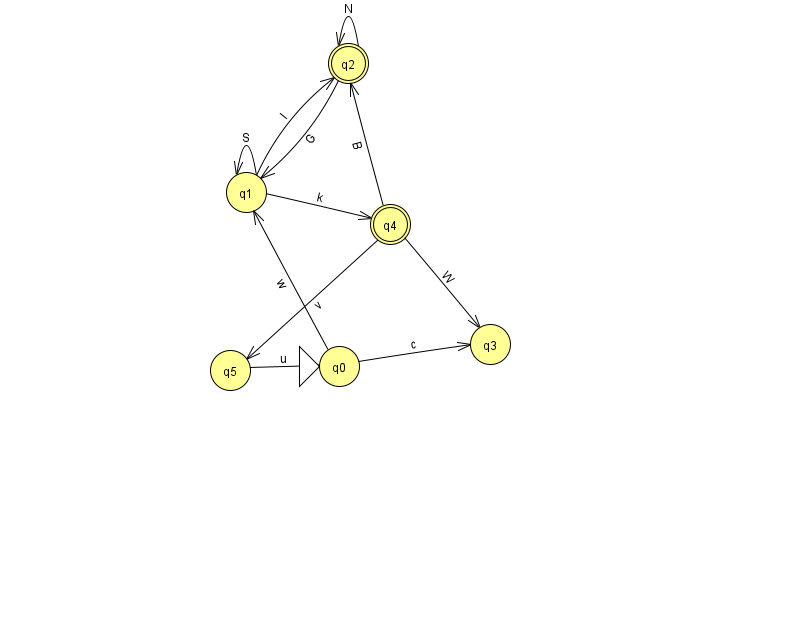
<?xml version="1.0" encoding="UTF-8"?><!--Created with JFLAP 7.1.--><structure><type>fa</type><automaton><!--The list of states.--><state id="0" name="q0"><x>339.0</x><y>353.0</y><initial/></state><state id="1" name="q1"><x>246.0</x><y>179.0</y></state><state id="2" name="q2"><x>348.0</x><y>50.0</y><final/></state><state id="3" name="q3"><x>490.0</x><y>331.0</y></state><state id="4" name="q4"><x>390.0</x><y>211.0</y><final/></state><state id="5" name="q5"><x>230.0</x><y>357.0</y></state><!--The list of transitions.--><transition><from>1</from><to>2</to><read>l</read></transition><transition><from>1</from><to>4</to><read>k</read></transition><transition><from>1</from><to>1</to><read>S</read></transition><transition><from>4</from><to>5</to><read>v</read></transition><transition><from>0</from><to>1</to><read>w</read></transition><transition><from>4</from><to>2</to><read>B</read></transition><transition><from>4</from><to>3</to><read>W</read></transition><transition><from>0</from><to>3</to><read>c</read></transition><transition><from>2</from><to>1</to><read>G</read></transition><transition><from>2</from><to>2</to><read>N</read></transition><transition><from>5</from><to>0</to><read>u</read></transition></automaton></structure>